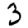
Digit: 3